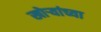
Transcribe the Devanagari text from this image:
खोर्‍यांच्या